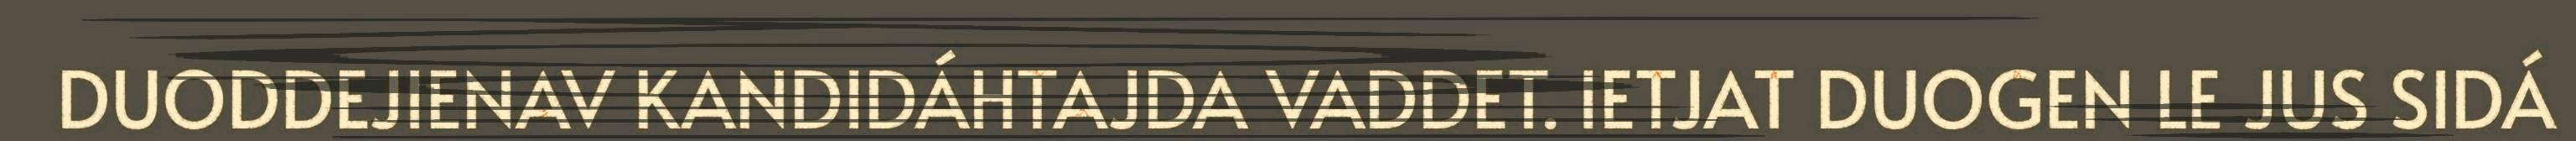
DUODDEJIENAV KANDIDÁHTAJDA VADDET. IETJAT DUOGEN LE JUS SIDÁ